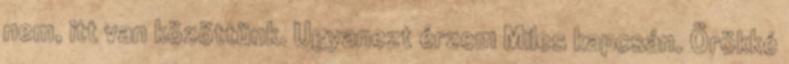
nem, itt van közöttünk. Ugyanezt érzem Miles kapcsán. Örökké